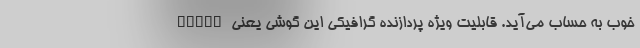
خوب به حساب می‌آید. قابلیت ویژه پردازنده گرافیکی این گوشی یعنی Turbo